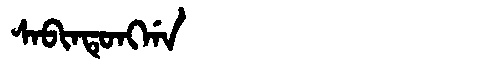
Manchu: ᠰᠠᠪᡳᠨᡨᡠᠩᡤᠠ
Romanization: SABINTUNGGA